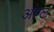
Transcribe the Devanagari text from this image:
आंग्‍ल